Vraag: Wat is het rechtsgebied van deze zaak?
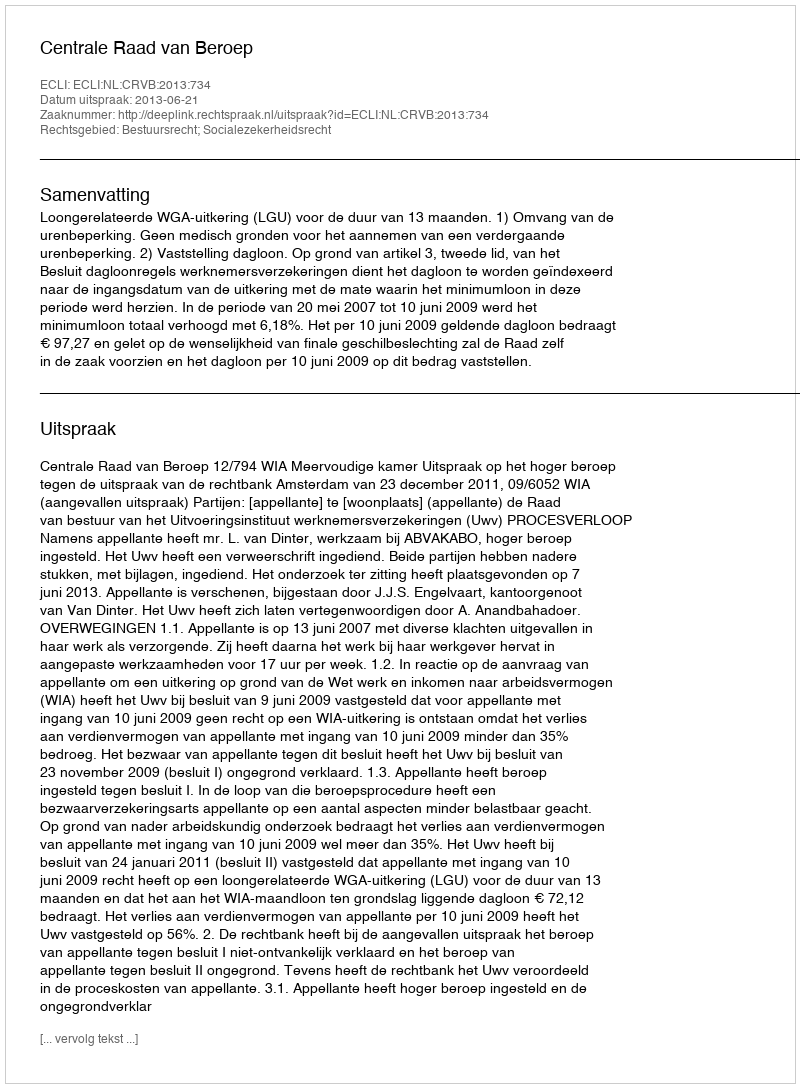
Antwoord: Bestuursrecht; Socialezekerheidsrecht